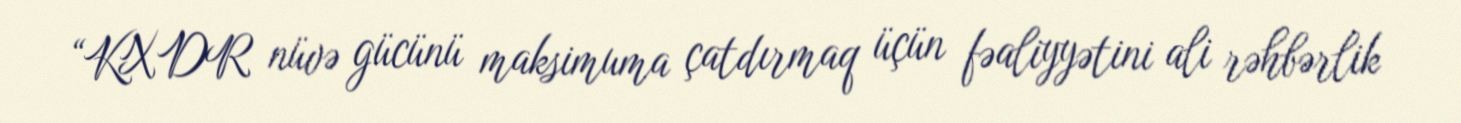
“KXDR nüvə gücünü maksimuma çatdırmaq üçün fəaliyyətini ali rəhbərlik